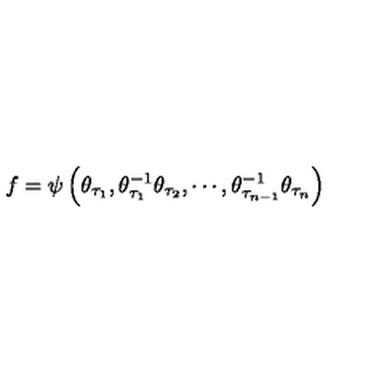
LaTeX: f = \psi \left( \theta _ { \tau _ { 1 } } , \theta _ { \tau _ { 1 } } ^ { - 1 } \theta _ { \tau _ { 2 } } , \cdots , \theta _ { \tau _ { n - 1 } } ^ { - 1 } \theta _ { \tau _ { n } } \right)